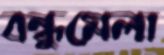
বন্ধুমেলা